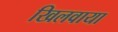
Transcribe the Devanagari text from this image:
खिलवाया